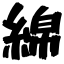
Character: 綿